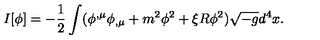
I [ \phi ] = - \frac 1 2 \int ( \phi ^ { , \mu } \phi _ { , \mu } + m ^ { 2 } \phi ^ { 2 } + \xi R \phi ^ { 2 } ) \sqrt { - g } d ^ { 4 } x .